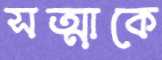
সত্মাকে